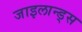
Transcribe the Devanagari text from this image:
जाइलान्ड्स